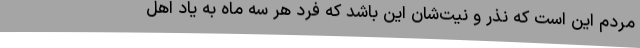
مردم این است که نذر و نیت‌شان این باشد که فرد هر سه ماه به یاد اهل